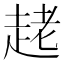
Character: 𧻩